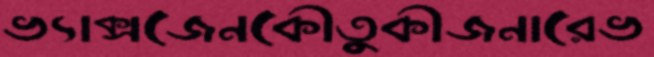
ভ্যাক্সজেনকৌতুকীজনারেভ